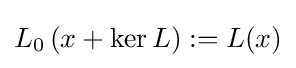
L_{0}\left(x+\ker L\right):=L(x)